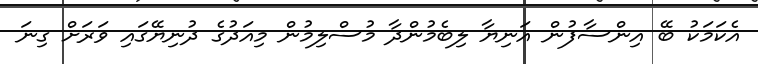
އެކަމަކު ބޭ އިންސާފުން އަނިޔާ ލިބެމުންދާ މުސްލިމުން މިއަދުގެ ދުނިޔޭގައި ވަރަށް ގިނަ